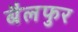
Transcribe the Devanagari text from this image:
बैलफुर